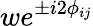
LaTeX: we^{\pm i2\phi_{ij}}